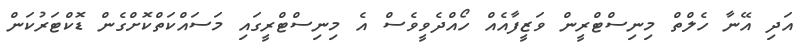
އަދި އޭނާ ހެލްތް މިނިސްޓްރީން ވަޒީފާއެއް ހޯއްދެވީވެސް އެ މިނިސްޓްރީގައި މަސައްކަތްކޮށްގެން ޑޮކްޓަރުކަން